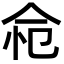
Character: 𢘔